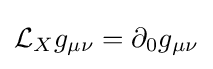
{\mathcal {L}}_{X}g_{\mu \nu }=\partial _{0}g_{\mu \nu }